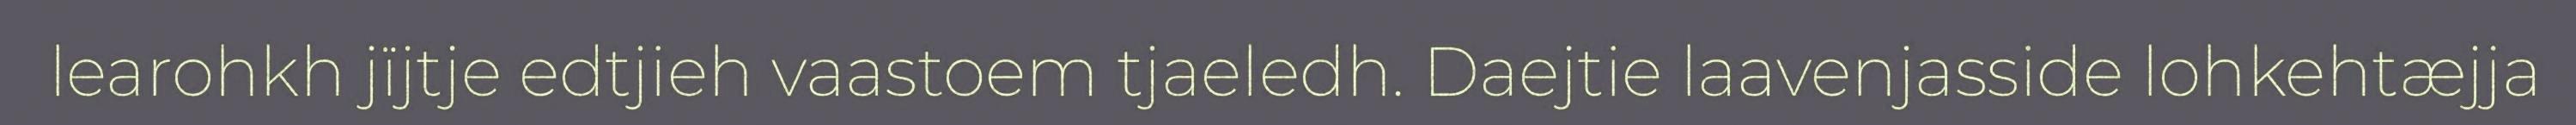
learohkh jïjtje edtjieh vaastoem tjaeledh. Daejtie laavenjasside lohkehtæjja